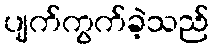
ပျက်ကွက်ခဲ့သည်